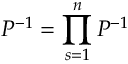
{ { \cal P } } ^ { - 1 } = \prod _ { s = 1 } ^ { n } { { \cal P } } ^ { - 1 }